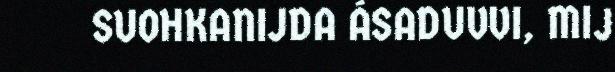
SUOHKANIJDA ÁSADUVVI, MIJ